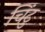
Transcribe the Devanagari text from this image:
चिंटु